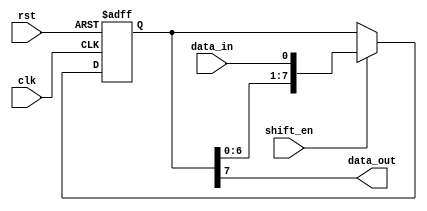
module shift_register (
    input wire clk,
    input wire rst,
    input wire shift_en,
    input wire data_in,
    output reg data_out
);

reg [7:0] reg_data;

always @(posedge clk or posedge rst) begin
    if (rst) begin
        reg_data <= 8'b0;
    end else if (shift_en) begin
        reg_data <= {reg_data[6:0], data_in};
    end
end

assign data_out = reg_data[7];

endmodule